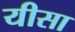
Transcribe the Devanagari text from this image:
यीसा